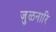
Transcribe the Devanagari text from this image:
जुळनारि